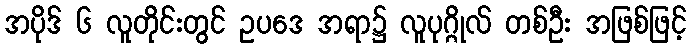
အပိုဒ် ၆ လူတိုင်းတွင် ဥပဒေ အရာ၌ လူပုဂ္ဂိုလ် တစ်ဦး အဖြစ်ဖြင့်